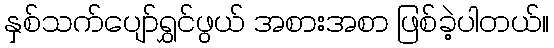
နှစ်သက်ပျော်ရွှင်ဖွယ် အစားအစာ ဖြစ်ခဲ့ပါတယ်။